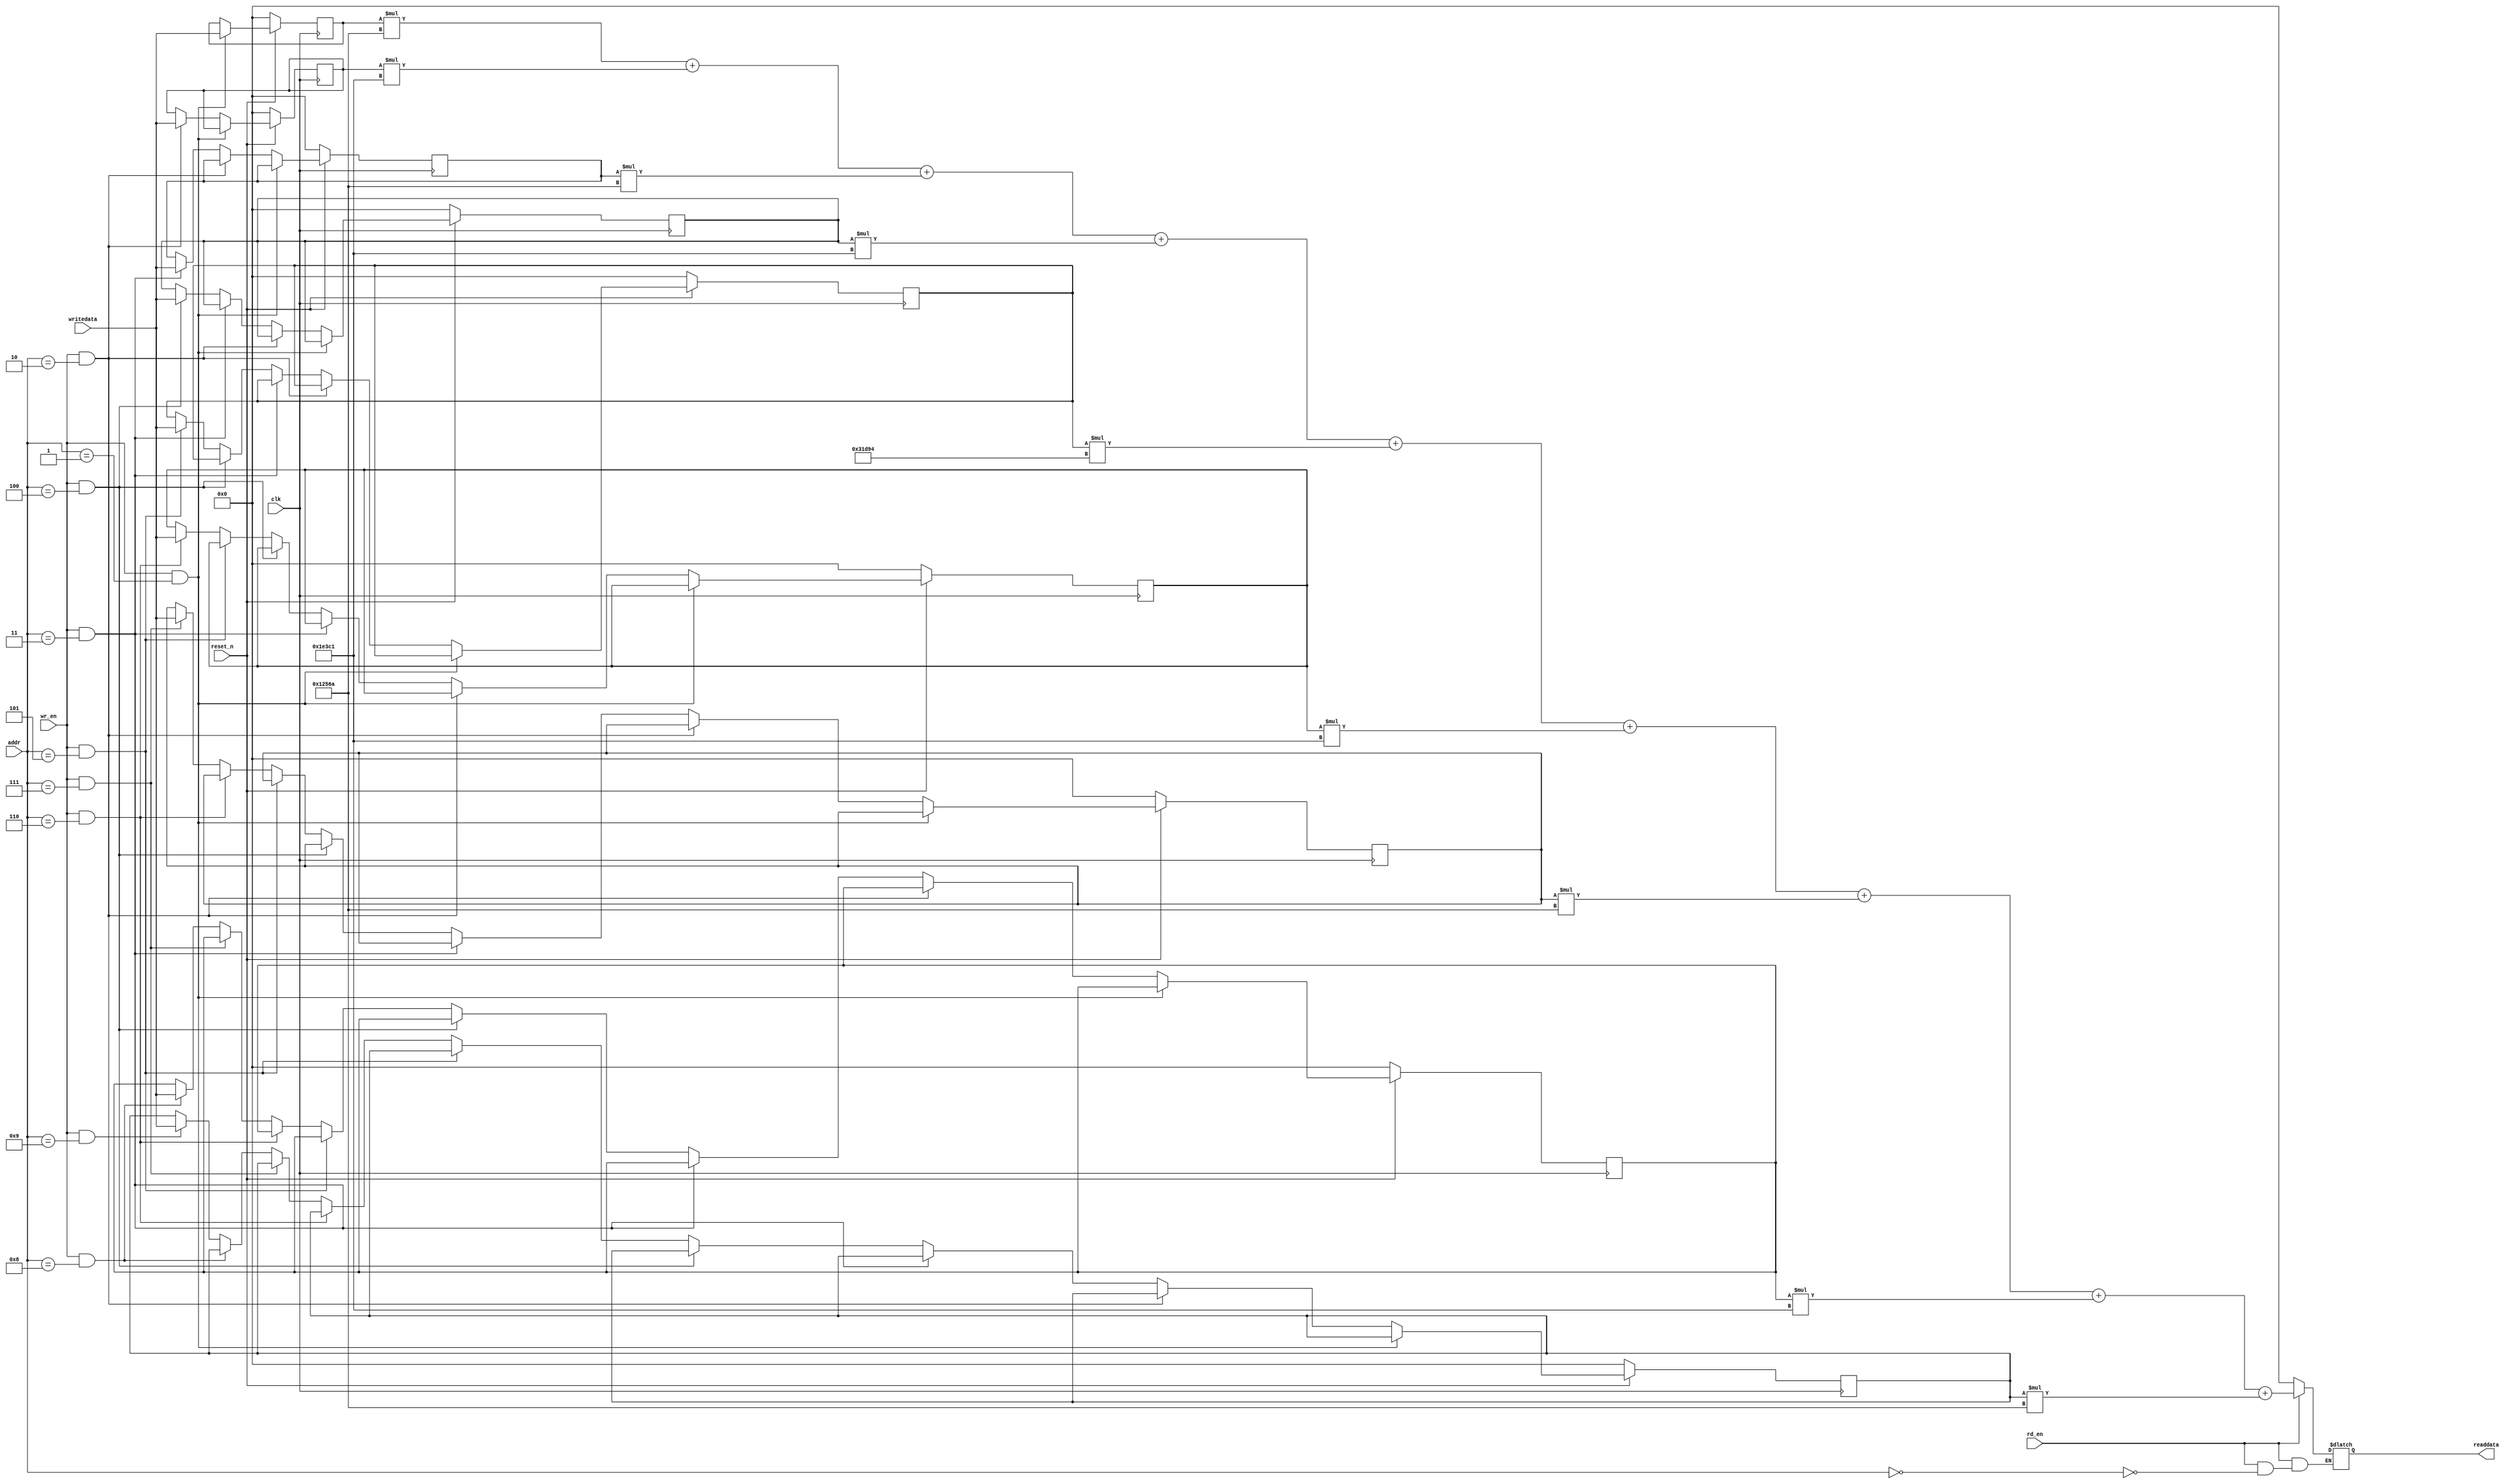
`define K00     32'd75114       // Gaussian kernel values of K[i][j] * 10^6
`define K01     32'd123841
`define K02     32'd75114
`define K10     32'd123841
`define K11     32'd204180
`define K12     32'd123841
`define K20     32'd75114
`define K21     32'd123841
`define K22     32'd75114

module gaussianAccel (
    input clk,
    input reset_n,
    input [3:0] addr,
    input rd_en,
    input wr_en,
    output reg [31:0] readdata,
    input [31:0] writedata
);
    reg [31:0] img00, img01, img02, img10, img11, img12, img20, img21, img22; 

    wire [31:0] test;

    // writing
    always@(posedge clk) begin
        if (reset_n == 0) begin // synchronous reset
            img00 = 32'b0; // reset img pixel data
            img01 = 32'b0;
            img02 = 32'b0;
            img10 = 32'b0;
            img11 = 32'b0;
            img12 = 32'b0;
            img20 = 32'b0;
            img21 = 32'b0;
            img22 = 32'b0;
        end else if (wr_en == 1 && addr == 4'd1) // write img data to correct location
            img00 = writedata;
        else if (wr_en == 1 && addr == 4'd2)
            img01 = writedata;
        else if (wr_en == 1 && addr == 4'd3)
            img02 = writedata;
        else if (wr_en == 1 && addr == 4'd4)
            img10 = writedata;
        else if (wr_en == 1 && addr == 4'd5)
            img11 = writedata;
        else if (wr_en == 1 && addr == 4'd6)
            img12 = writedata;
        else if (wr_en == 1 && addr == 4'd7)
            img20 = writedata;
        else if (wr_en == 1 && addr == 4'd8)
            img21 = writedata;
        else if (wr_en == 1 && addr == 4'd9)
            img22 = writedata;
    end

    // reading
    always@(*) begin
        if (rd_en == 1) begin
            if (addr == 4'd0) begin // if reading from address 0, get convolution of kernel with 3x3 img
                readdata = (img00*`K00 + img01*`K01 + img02*`K02 + img10*`K10 + img11*`K11 + img12*`K12 + img20*`K20 + img21*`K21 + img22*`K22);
            end
        end else begin
            readdata = 32'd0; // default value is 0
        end
    end
endmodule